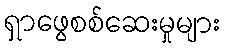
ရှာဖွေစစ်ဆေးမှုများ